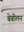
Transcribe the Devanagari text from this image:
बेबीलन